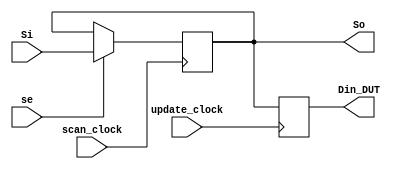
`timescale 1ns / 1ps
//////////////////////////////////////////////////////////////////////////////////
// Company: 
// Engineer: 
// 
// Design Name: 
// Module Name: scanchain
// Project Name: 
// Target Devices: 
// Tool Versions: 
// Description: 
// 
// Dependencies: 
// 
// Revision:
// Revision 0.01 - File Created
// Additional Comments:
// 
//////////////////////////////////////////////////////////////////////////////////

module SCAN_IN_CELL (Si, scan_clock, update_clock, se, So, Din_DUT);
  input Si, scan_clock, update_clock, se;
  output reg Din_DUT;
  output So;
  reg w1;

  always @(posedge scan_clock) begin
    if (se) begin
      w1 <= Si;
    end
    else begin
      w1 <= w1;
    end
  end

  // assign #2 So = w1;  // Assuming DEL02 is a 2-unit delay element
  assign So = w1;  // Assuming DEL02 is a 2-unit delay element

  always @(posedge update_clock) begin
    Din_DUT <= So;
  end
endmodule

// module SCAN_IN_CELL (Si , scan_clock, update_clock, se, So, Din_DUT ); 
//  input Si, scan_clock, update_clock, se ;
//  output So, Din_DUT ;
//  wire w1 ;

//  SDFQD4 SCELL1 (.SI(Si), .D(w1) , .Q(w1) , .se(se) , .CP(scan_clock)) ; 
//  DEL02 DELCELL1 (.I(w1), .Z(So)) ; 
//  DFQD4 SCELL2 (.D(So), .Q(Din_DUT), .CP(update_clock)) ;
// endmodule 

module SCAN_OUT_CELL (Dout_DUT, Si, scan_clock, se, So);
  input Si, scan_clock, Dout_DUT, se;
  output So;
  reg w1;

  always @(posedge scan_clock) begin
    if (se) begin
      w1 <= Si;
    end
    else begin
      w1 <= Dout_DUT;
    end
  end

  // assign #2 So = w1;  // Assuming DEL02 is a 2-unit delay element
  assign So = w1;  // Assuming DEL02 is a 2-unit delay element

endmodule

// module SCAN_OUT_CELL (Dout_DUT , Si, scan_clock, se, So ); 
//  input Si, scan_clock, Dout_DUT, se ;
//  output So ;
//  wire w1 ;

//  SDFQD4 SCELL1 (.SI(Si), .D(Dout_DUT) , .Q(w1) , .se(se) , .CP(scan_clock)) ; 
//  DEL02 DELCELL1 (.I(w1), .Z(So)) ; 
// endmodule 

module scan ( scan_in, scan_out, scan_clk, update_clk, se, VRStage_SC, Din, Kin, Dout );
  input scan_in, scan_clk, update_clk, se ;
  output scan_out;
  output [7:0] VRStage_SC ;
  output [127:0] Din ;
  output [127:0] Kin ;
  input [127:0] Dout ;

  SCAN_IN_CELL scan_ins_1 (.Si(scan_in), .scan_clock(scan_clk), .update_clock(update_clk), .se(se), .So(scan_1), .Din_DUT(VRStage_SC[7]));
  SCAN_IN_CELL scan_ins_2 (.Si(scan_84), .scan_clock(scan_clk), .update_clock(update_clk), .se(se), .So(scan_2), .Din_DUT(VRStage_SC[6]));
  SCAN_IN_CELL scan_ins_3 (.Si(scan_1), .scan_clock(scan_clk), .update_clock(update_clk), .se(se), .So(scan_3), .Din_DUT(VRStage_SC[5]));
  SCAN_IN_CELL scan_ins_4 (.Si(scan_2), .scan_clock(scan_clk), .update_clock(update_clk), .se(se), .So(scan_4), .Din_DUT(VRStage_SC[4]));
  SCAN_IN_CELL scan_ins_5 (.Si(scan_120), .scan_clock(scan_clk), .update_clock(update_clk), .se(se), .So(scan_5), .Din_DUT(VRStage_SC[3]));
  SCAN_IN_CELL scan_ins_6 (.Si(scan_214), .scan_clock(scan_clk), .update_clock(update_clk), .se(se), .So(scan_6), .Din_DUT(VRStage_SC[2]));
  SCAN_IN_CELL scan_ins_7 (.Si(scan_6), .scan_clock(scan_clk), .update_clock(update_clk), .se(se), .So(scan_7), .Din_DUT(VRStage_SC[1]));
  SCAN_IN_CELL scan_ins_8 (.Si(scan_83), .scan_clock(scan_clk), .update_clock(update_clk), .se(se), .So(scan_8), .Din_DUT(VRStage_SC[0]));
  SCAN_IN_CELL scan_ins_9 (.Si(scan_248), .scan_clock(scan_clk), .update_clock(update_clk), .se(se), .So(scan_9), .Din_DUT(Din[127]));
  SCAN_IN_CELL scan_ins_10 (.Si(scan_114), .scan_clock(scan_clk), .update_clock(update_clk), .se(se), .So(scan_10), .Din_DUT(Din[126]));
  SCAN_IN_CELL scan_ins_11 (.Si(scan_210), .scan_clock(scan_clk), .update_clock(update_clk), .se(se), .So(scan_11), .Din_DUT(Din[125]));
  SCAN_IN_CELL scan_ins_12 (.Si(scan_140), .scan_clock(scan_clk), .update_clock(update_clk), .se(se), .So(scan_12), .Din_DUT(Din[124]));
  SCAN_IN_CELL scan_ins_13 (.Si(scan_9), .scan_clock(scan_clk), .update_clock(update_clk), .se(se), .So(scan_13), .Din_DUT(Din[123]));
  SCAN_IN_CELL scan_ins_14 (.Si(scan_116), .scan_clock(scan_clk), .update_clock(update_clk), .se(se), .So(scan_14), .Din_DUT(Din[122]));
  SCAN_IN_CELL scan_ins_15 (.Si(scan_42), .scan_clock(scan_clk), .update_clock(update_clk), .se(se), .So(scan_15), .Din_DUT(Din[121]));
  SCAN_IN_CELL scan_ins_16 (.Si(scan_170), .scan_clock(scan_clk), .update_clock(update_clk), .se(se), .So(scan_16), .Din_DUT(Din[120]));
  SCAN_IN_CELL scan_ins_17 (.Si(scan_239), .scan_clock(scan_clk), .update_clock(update_clk), .se(se), .So(scan_17), .Din_DUT(Din[119]));
  SCAN_IN_CELL scan_ins_18 (.Si(scan_205), .scan_clock(scan_clk), .update_clock(update_clk), .se(se), .So(scan_18), .Din_DUT(Din[118]));
  SCAN_IN_CELL scan_ins_19 (.Si(scan_21), .scan_clock(scan_clk), .update_clock(update_clk), .se(se), .So(scan_19), .Din_DUT(Din[117]));
  SCAN_IN_CELL scan_ins_20 (.Si(scan_24), .scan_clock(scan_clk), .update_clock(update_clk), .se(se), .So(scan_20), .Din_DUT(Din[116]));
  SCAN_IN_CELL scan_ins_21 (.Si(scan_56), .scan_clock(scan_clk), .update_clock(update_clk), .se(se), .So(scan_21), .Din_DUT(Din[115]));
  SCAN_IN_CELL scan_ins_22 (.Si(scan_73), .scan_clock(scan_clk), .update_clock(update_clk), .se(se), .So(scan_22), .Din_DUT(Din[114]));
  SCAN_IN_CELL scan_ins_23 (.Si(scan_152), .scan_clock(scan_clk), .update_clock(update_clk), .se(se), .So(scan_23), .Din_DUT(Din[113]));
  SCAN_IN_CELL scan_ins_24 (.Si(scan_148), .scan_clock(scan_clk), .update_clock(update_clk), .se(se), .So(scan_24), .Din_DUT(Din[112]));
  SCAN_IN_CELL scan_ins_25 (.Si(scan_130), .scan_clock(scan_clk), .update_clock(update_clk), .se(se), .So(scan_25), .Din_DUT(Din[111]));
  SCAN_IN_CELL scan_ins_26 (.Si(scan_190), .scan_clock(scan_clk), .update_clock(update_clk), .se(se), .So(scan_26), .Din_DUT(Din[110]));
  SCAN_IN_CELL scan_ins_27 (.Si(scan_155), .scan_clock(scan_clk), .update_clock(update_clk), .se(se), .So(scan_27), .Din_DUT(Din[109]));
  SCAN_IN_CELL scan_ins_28 (.Si(scan_92), .scan_clock(scan_clk), .update_clock(update_clk), .se(se), .So(scan_28), .Din_DUT(Din[108]));
  SCAN_IN_CELL scan_ins_29 (.Si(scan_27), .scan_clock(scan_clk), .update_clock(update_clk), .se(se), .So(scan_29), .Din_DUT(Din[107]));
  SCAN_IN_CELL scan_ins_30 (.Si(scan_188), .scan_clock(scan_clk), .update_clock(update_clk), .se(se), .So(scan_30), .Din_DUT(Din[106]));
  SCAN_IN_CELL scan_ins_31 (.Si(scan_32), .scan_clock(scan_clk), .update_clock(update_clk), .se(se), .So(scan_31), .Din_DUT(Din[105]));
  SCAN_IN_CELL scan_ins_32 (.Si(scan_160), .scan_clock(scan_clk), .update_clock(update_clk), .se(se), .So(scan_32), .Din_DUT(Din[104]));
  SCAN_IN_CELL scan_ins_33 (.Si(scan_162), .scan_clock(scan_clk), .update_clock(update_clk), .se(se), .So(scan_33), .Din_DUT(Din[103]));
  SCAN_IN_CELL scan_ins_34 (.Si(scan_112), .scan_clock(scan_clk), .update_clock(update_clk), .se(se), .So(scan_34), .Din_DUT(Din[102]));
  SCAN_IN_CELL scan_ins_35 (.Si(scan_250), .scan_clock(scan_clk), .update_clock(update_clk), .se(se), .So(scan_35), .Din_DUT(Din[101]));
  SCAN_IN_CELL scan_ins_36 (.Si(scan_237), .scan_clock(scan_clk), .update_clock(update_clk), .se(se), .So(scan_36), .Din_DUT(Din[100]));
  SCAN_IN_CELL scan_ins_37 (.Si(scan_94), .scan_clock(scan_clk), .update_clock(update_clk), .se(se), .So(scan_37), .Din_DUT(Din[99]));
  SCAN_IN_CELL scan_ins_38 (.Si(scan_166), .scan_clock(scan_clk), .update_clock(update_clk), .se(se), .So(scan_38), .Din_DUT(Din[98]));
  SCAN_IN_CELL scan_ins_39 (.Si(scan_108), .scan_clock(scan_clk), .update_clock(update_clk), .se(se), .So(scan_39), .Din_DUT(Din[97]));
  SCAN_IN_CELL scan_ins_40 (.Si(scan_111), .scan_clock(scan_clk), .update_clock(update_clk), .se(se), .So(scan_40), .Din_DUT(Din[96]));
  SCAN_IN_CELL scan_ins_41 (.Si(scan_16), .scan_clock(scan_clk), .update_clock(update_clk), .se(se), .So(scan_41), .Din_DUT(Din[95]));
  SCAN_IN_CELL scan_ins_42 (.Si(scan_14), .scan_clock(scan_clk), .update_clock(update_clk), .se(se), .So(scan_42), .Din_DUT(Din[94]));
  SCAN_IN_CELL scan_ins_43 (.Si(scan_48), .scan_clock(scan_clk), .update_clock(update_clk), .se(se), .So(scan_43), .Din_DUT(Din[93]));
  SCAN_IN_CELL scan_ins_44 (.Si(scan_141), .scan_clock(scan_clk), .update_clock(update_clk), .se(se), .So(scan_44), .Din_DUT(Din[92]));
  SCAN_IN_CELL scan_ins_45 (.Si(scan_169), .scan_clock(scan_clk), .update_clock(update_clk), .se(se), .So(scan_45), .Din_DUT(Din[91]));
  SCAN_IN_CELL scan_ins_46 (.Si(scan_41), .scan_clock(scan_clk), .update_clock(update_clk), .se(se), .So(scan_46), .Din_DUT(Din[90]));
  SCAN_IN_CELL scan_ins_47 (.Si(scan_10), .scan_clock(scan_clk), .update_clock(update_clk), .se(se), .So(scan_47), .Din_DUT(Din[89]));
  SCAN_IN_CELL scan_ins_48 (.Si(scan_174), .scan_clock(scan_clk), .update_clock(update_clk), .se(se), .So(scan_48), .Din_DUT(Din[88]));
  SCAN_IN_CELL scan_ins_49 (.Si(scan_51), .scan_clock(scan_clk), .update_clock(update_clk), .se(se), .So(scan_49), .Din_DUT(Din[87]));
  SCAN_IN_CELL scan_ins_50 (.Si(scan_77), .scan_clock(scan_clk), .update_clock(update_clk), .se(se), .So(scan_50), .Din_DUT(Din[86]));
  SCAN_IN_CELL scan_ins_51 (.Si(scan_177), .scan_clock(scan_clk), .update_clock(update_clk), .se(se), .So(scan_51), .Din_DUT(Din[85]));
  SCAN_IN_CELL scan_ins_52 (.Si(scan_3), .scan_clock(scan_clk), .update_clock(update_clk), .se(se), .So(scan_52), .Din_DUT(Din[84]));
  SCAN_IN_CELL scan_ins_53 (.Si(scan_180), .scan_clock(scan_clk), .update_clock(update_clk), .se(se), .So(scan_53), .Din_DUT(Din[83]));
  SCAN_IN_CELL scan_ins_54 (.Si(scan_147), .scan_clock(scan_clk), .update_clock(update_clk), .se(se), .So(scan_54), .Din_DUT(Din[82]));
  SCAN_IN_CELL scan_ins_55 (.Si(scan_171), .scan_clock(scan_clk), .update_clock(update_clk), .se(se), .So(scan_55), .Din_DUT(Din[81]));
  SCAN_IN_CELL scan_ins_56 (.Si(scan_179), .scan_clock(scan_clk), .update_clock(update_clk), .se(se), .So(scan_56), .Din_DUT(Din[80]));
  SCAN_IN_CELL scan_ins_57 (.Si(scan_185), .scan_clock(scan_clk), .update_clock(update_clk), .se(se), .So(scan_57), .Din_DUT(Din[79]));
  SCAN_IN_CELL scan_ins_58 (.Si(scan_158), .scan_clock(scan_clk), .update_clock(update_clk), .se(se), .So(scan_58), .Din_DUT(Din[78]));
  SCAN_IN_CELL scan_ins_59 (.Si(scan_189), .scan_clock(scan_clk), .update_clock(update_clk), .se(se), .So(scan_59), .Din_DUT(Din[77]));
  SCAN_IN_CELL scan_ins_60 (.Si(scan_263), .scan_clock(scan_clk), .update_clock(update_clk), .se(se), .So(scan_60), .Din_DUT(Din[76]));
  SCAN_IN_CELL scan_ins_61 (.Si(scan_63), .scan_clock(scan_clk), .update_clock(update_clk), .se(se), .So(scan_61), .Din_DUT(Din[75]));
  SCAN_IN_CELL scan_ins_62 (.Si(scan_192), .scan_clock(scan_clk), .update_clock(update_clk), .se(se), .So(scan_62), .Din_DUT(Din[74]));
  SCAN_IN_CELL scan_ins_63 (.Si(scan_135), .scan_clock(scan_clk), .update_clock(update_clk), .se(se), .So(scan_63), .Din_DUT(Din[73]));
  SCAN_IN_CELL scan_ins_64 (.Si(scan_121), .scan_clock(scan_clk), .update_clock(update_clk), .se(se), .So(scan_64), .Din_DUT(Din[72]));
  SCAN_IN_CELL scan_ins_65 (.Si(scan_66), .scan_clock(scan_clk), .update_clock(update_clk), .se(se), .So(scan_65), .Din_DUT(Din[71]));
  SCAN_IN_CELL scan_ins_66 (.Si(scan_33), .scan_clock(scan_clk), .update_clock(update_clk), .se(se), .So(scan_66), .Din_DUT(Din[70]));
  SCAN_IN_CELL scan_ins_67 (.Si(scan_161), .scan_clock(scan_clk), .update_clock(update_clk), .se(se), .So(scan_67), .Din_DUT(Din[69]));
  SCAN_IN_CELL scan_ins_68 (.Si(scan_70), .scan_clock(scan_clk), .update_clock(update_clk), .se(se), .So(scan_68), .Din_DUT(Din[68]));
  SCAN_IN_CELL scan_ins_69 (.Si(scan_193), .scan_clock(scan_clk), .update_clock(update_clk), .se(se), .So(scan_69), .Din_DUT(Din[67]));
  SCAN_IN_CELL scan_ins_70 (.Si(scan_71), .scan_clock(scan_clk), .update_clock(update_clk), .se(se), .So(scan_70), .Din_DUT(Din[66]));
  SCAN_IN_CELL scan_ins_71 (.Si(scan_65), .scan_clock(scan_clk), .update_clock(update_clk), .se(se), .So(scan_71), .Din_DUT(Din[65]));
  SCAN_IN_CELL scan_ins_72 (.Si(scan_68), .scan_clock(scan_clk), .update_clock(update_clk), .se(se), .So(scan_72), .Din_DUT(Din[64]));
  SCAN_IN_CELL scan_ins_73 (.Si(scan_201), .scan_clock(scan_clk), .update_clock(update_clk), .se(se), .So(scan_73), .Din_DUT(Din[63]));
  SCAN_IN_CELL scan_ins_74 (.Si(scan_105), .scan_clock(scan_clk), .update_clock(update_clk), .se(se), .So(scan_74), .Din_DUT(Din[62]));
  SCAN_IN_CELL scan_ins_75 (.Si(scan_208), .scan_clock(scan_clk), .update_clock(update_clk), .se(se), .So(scan_75), .Din_DUT(Din[61]));
  SCAN_IN_CELL scan_ins_76 (.Si(scan_74), .scan_clock(scan_clk), .update_clock(update_clk), .se(se), .So(scan_76), .Din_DUT(Din[60]));
  SCAN_IN_CELL scan_ins_77 (.Si(scan_146), .scan_clock(scan_clk), .update_clock(update_clk), .se(se), .So(scan_77), .Din_DUT(Din[59]));
  SCAN_IN_CELL scan_ins_78 (.Si(scan_203), .scan_clock(scan_clk), .update_clock(update_clk), .se(se), .So(scan_78), .Din_DUT(Din[58]));
  SCAN_IN_CELL scan_ins_79 (.Si(scan_207), .scan_clock(scan_clk), .update_clock(update_clk), .se(se), .So(scan_79), .Din_DUT(Din[57]));
  SCAN_IN_CELL scan_ins_80 (.Si(scan_183), .scan_clock(scan_clk), .update_clock(update_clk), .se(se), .So(scan_80), .Din_DUT(Din[56]));
  SCAN_IN_CELL scan_ins_81 (.Si(scan_86), .scan_clock(scan_clk), .update_clock(update_clk), .se(se), .So(scan_81), .Din_DUT(Din[55]));
  SCAN_IN_CELL scan_ins_82 (.Si(scan_78), .scan_clock(scan_clk), .update_clock(update_clk), .se(se), .So(scan_82), .Din_DUT(Din[54]));
  SCAN_IN_CELL scan_ins_83 (.Si(scan_211), .scan_clock(scan_clk), .update_clock(update_clk), .se(se), .So(scan_83), .Din_DUT(Din[53]));
  SCAN_IN_CELL scan_ins_84 (.Si(scan_213), .scan_clock(scan_clk), .update_clock(update_clk), .se(se), .So(scan_84), .Din_DUT(Din[52]));
  SCAN_IN_CELL scan_ins_85 (.Si(scan_245), .scan_clock(scan_clk), .update_clock(update_clk), .se(se), .So(scan_85), .Din_DUT(Din[51]));
  SCAN_IN_CELL scan_ins_86 (.Si(scan_181), .scan_clock(scan_clk), .update_clock(update_clk), .se(se), .So(scan_86), .Din_DUT(Din[50]));
  SCAN_IN_CELL scan_ins_87 (.Si(scan_8), .scan_clock(scan_clk), .update_clock(update_clk), .se(se), .So(scan_87), .Din_DUT(Din[49]));
  SCAN_IN_CELL scan_ins_88 (.Si(scan_209), .scan_clock(scan_clk), .update_clock(update_clk), .se(se), .So(scan_88), .Din_DUT(Din[48]));
  SCAN_IN_CELL scan_ins_89 (.Si(scan_93), .scan_clock(scan_clk), .update_clock(update_clk), .se(se), .So(scan_89), .Din_DUT(Din[47]));
  SCAN_IN_CELL scan_ins_90 (.Si(scan_36), .scan_clock(scan_clk), .update_clock(update_clk), .se(se), .So(scan_90), .Din_DUT(Din[46]));
  SCAN_IN_CELL scan_ins_91 (.Si(scan_34), .scan_clock(scan_clk), .update_clock(update_clk), .se(se), .So(scan_91), .Din_DUT(Din[45]));
  SCAN_IN_CELL scan_ins_92 (.Si(scan_157), .scan_clock(scan_clk), .update_clock(update_clk), .se(se), .So(scan_92), .Din_DUT(Din[44]));
  SCAN_IN_CELL scan_ins_93 (.Si(scan_187), .scan_clock(scan_clk), .update_clock(update_clk), .se(se), .So(scan_93), .Din_DUT(Din[43]));
  SCAN_IN_CELL scan_ins_94 (.Si(scan_164), .scan_clock(scan_clk), .update_clock(update_clk), .se(se), .So(scan_94), .Din_DUT(Din[42]));
  SCAN_IN_CELL scan_ins_95 (.Si(scan_256), .scan_clock(scan_clk), .update_clock(update_clk), .se(se), .So(scan_95), .Din_DUT(Din[41]));
  SCAN_IN_CELL scan_ins_96 (.Si(scan_89), .scan_clock(scan_clk), .update_clock(update_clk), .se(se), .So(scan_96), .Din_DUT(Din[40]));
  SCAN_IN_CELL scan_ins_97 (.Si(scan_259), .scan_clock(scan_clk), .update_clock(update_clk), .se(se), .So(scan_97), .Din_DUT(Din[39]));
  SCAN_IN_CELL scan_ins_98 (.Si(scan_226), .scan_clock(scan_clk), .update_clock(update_clk), .se(se), .So(scan_98), .Din_DUT(Din[38]));
  SCAN_IN_CELL scan_ins_99 (.Si(scan_198), .scan_clock(scan_clk), .update_clock(update_clk), .se(se), .So(scan_99), .Din_DUT(Din[37]));
  SCAN_IN_CELL scan_ins_100 (.Si(scan_103), .scan_clock(scan_clk), .update_clock(update_clk), .se(se), .So(scan_100), .Din_DUT(Din[36]));
  SCAN_IN_CELL scan_ins_101 (.Si(scan_98), .scan_clock(scan_clk), .update_clock(update_clk), .se(se), .So(scan_101), .Din_DUT(Din[35]));
  SCAN_IN_CELL scan_ins_102 (.Si(scan_230), .scan_clock(scan_clk), .update_clock(update_clk), .se(se), .So(scan_102), .Din_DUT(Din[34]));
  SCAN_IN_CELL scan_ins_103 (.Si(scan_228), .scan_clock(scan_clk), .update_clock(update_clk), .se(se), .So(scan_103), .Din_DUT(Din[33]));
  SCAN_IN_CELL scan_ins_104 (.Si(scan_99), .scan_clock(scan_clk), .update_clock(update_clk), .se(se), .So(scan_104), .Din_DUT(Din[32]));
  SCAN_IN_CELL scan_ins_105 (.Si(scan_109), .scan_clock(scan_clk), .update_clock(update_clk), .se(se), .So(scan_105), .Din_DUT(Din[31]));
  SCAN_IN_CELL scan_ins_106 (.Si(scan_234), .scan_clock(scan_clk), .update_clock(update_clk), .se(se), .So(scan_106), .Din_DUT(Din[30]));
  SCAN_IN_CELL scan_ins_107 (.Si(scan_233), .scan_clock(scan_clk), .update_clock(update_clk), .se(se), .So(scan_107), .Din_DUT(Din[29]));
  SCAN_IN_CELL scan_ins_108 (.Si(scan_235), .scan_clock(scan_clk), .update_clock(update_clk), .se(se), .So(scan_108), .Din_DUT(Din[28]));
  SCAN_IN_CELL scan_ins_109 (.Si(scan_240), .scan_clock(scan_clk), .update_clock(update_clk), .se(se), .So(scan_109), .Din_DUT(Din[27]));
  SCAN_IN_CELL scan_ins_110 (.Si(scan_255), .scan_clock(scan_clk), .update_clock(update_clk), .se(se), .So(scan_110), .Din_DUT(Din[26]));
  SCAN_IN_CELL scan_ins_111 (.Si(scan_163), .scan_clock(scan_clk), .update_clock(update_clk), .se(se), .So(scan_111), .Din_DUT(Din[25]));
  SCAN_IN_CELL scan_ins_112 (.Si(scan_218), .scan_clock(scan_clk), .update_clock(update_clk), .se(se), .So(scan_112), .Din_DUT(Din[24]));
  SCAN_IN_CELL scan_ins_113 (.Si(scan_118), .scan_clock(scan_clk), .update_clock(update_clk), .se(se), .So(scan_113), .Din_DUT(Din[23]));
  SCAN_IN_CELL scan_ins_114 (.Si(scan_117), .scan_clock(scan_clk), .update_clock(update_clk), .se(se), .So(scan_114), .Din_DUT(Din[22]));
  SCAN_IN_CELL scan_ins_115 (.Si(scan_82), .scan_clock(scan_clk), .update_clock(update_clk), .se(se), .So(scan_115), .Din_DUT(Din[21]));
  SCAN_IN_CELL scan_ins_116 (.Si(scan_113), .scan_clock(scan_clk), .update_clock(update_clk), .se(se), .So(scan_116), .Din_DUT(Din[20]));
  SCAN_IN_CELL scan_ins_117 (.Si(scan_15), .scan_clock(scan_clk), .update_clock(update_clk), .se(se), .So(scan_117), .Din_DUT(Din[19]));
  SCAN_IN_CELL scan_ins_118 (.Si(scan_212), .scan_clock(scan_clk), .update_clock(update_clk), .se(se), .So(scan_118), .Din_DUT(Din[18]));
  SCAN_IN_CELL scan_ins_119 (.Si(scan_242), .scan_clock(scan_clk), .update_clock(update_clk), .se(se), .So(scan_119), .Din_DUT(Din[17]));
  SCAN_IN_CELL scan_ins_120 (.Si(scan_4), .scan_clock(scan_clk), .update_clock(update_clk), .se(se), .So(scan_120), .Din_DUT(Din[16]));
  SCAN_IN_CELL scan_ins_121 (.Si(scan_124), .scan_clock(scan_clk), .update_clock(update_clk), .se(se), .So(scan_121), .Din_DUT(Din[15]));
  SCAN_IN_CELL scan_ins_122 (.Si(scan_217), .scan_clock(scan_clk), .update_clock(update_clk), .se(se), .So(scan_122), .Din_DUT(Din[14]));
  SCAN_IN_CELL scan_ins_123 (.Si(scan_222), .scan_clock(scan_clk), .update_clock(update_clk), .se(se), .So(scan_123), .Din_DUT(Din[13]));
  SCAN_IN_CELL scan_ins_124 (.Si(scan_59), .scan_clock(scan_clk), .update_clock(update_clk), .se(se), .So(scan_124), .Din_DUT(Din[12]));
  SCAN_IN_CELL scan_ins_125 (.Si(scan_224), .scan_clock(scan_clk), .update_clock(update_clk), .se(se), .So(scan_125), .Din_DUT(Din[11]));
  SCAN_IN_CELL scan_ins_126 (.Si(scan_165), .scan_clock(scan_clk), .update_clock(update_clk), .se(se), .So(scan_126), .Din_DUT(Din[10]));
  SCAN_IN_CELL scan_ins_127 (.Si(scan_251), .scan_clock(scan_clk), .update_clock(update_clk), .se(se), .So(scan_127), .Din_DUT(Din[9]));
  SCAN_IN_CELL scan_ins_128 (.Si(scan_253), .scan_clock(scan_clk), .update_clock(update_clk), .se(se), .So(scan_128), .Din_DUT(Din[8]));
  SCAN_IN_CELL scan_ins_129 (.Si(scan_260), .scan_clock(scan_clk), .update_clock(update_clk), .se(se), .So(scan_129), .Din_DUT(Din[7]));
  SCAN_IN_CELL scan_ins_130 (.Si(scan_191), .scan_clock(scan_clk), .update_clock(update_clk), .se(se), .So(scan_130), .Din_DUT(Din[6]));
  SCAN_IN_CELL scan_ins_131 (.Si(scan_125), .scan_clock(scan_clk), .update_clock(update_clk), .se(se), .So(scan_131), .Din_DUT(Din[5]));
  SCAN_IN_CELL scan_ins_132 (.Si(scan_156), .scan_clock(scan_clk), .update_clock(update_clk), .se(se), .So(scan_132), .Din_DUT(Din[4]));
  SCAN_IN_CELL scan_ins_133 (.Si(scan_257), .scan_clock(scan_clk), .update_clock(update_clk), .se(se), .So(scan_133), .Din_DUT(Din[3]));
  SCAN_IN_CELL scan_ins_134 (.Si(scan_261), .scan_clock(scan_clk), .update_clock(update_clk), .se(se), .So(scan_134), .Din_DUT(Din[2]));
  SCAN_IN_CELL scan_ins_135 (.Si(scan_132), .scan_clock(scan_clk), .update_clock(update_clk), .se(se), .So(scan_135), .Din_DUT(Din[1]));
  SCAN_IN_CELL scan_ins_136 (.Si(scan_126), .scan_clock(scan_clk), .update_clock(update_clk), .se(se), .So(scan_136), .Din_DUT(Din[0]));
  SCAN_IN_CELL scan_ins_137 (.Si(scan_13), .scan_clock(scan_clk), .update_clock(update_clk), .se(se), .So(scan_137), .Din_DUT(Kin[127]));
  SCAN_IN_CELL scan_ins_138 (.Si(scan_143), .scan_clock(scan_clk), .update_clock(update_clk), .se(se), .So(scan_138), .Din_DUT(Kin[126]));
  SCAN_IN_CELL scan_ins_139 (.Si(scan_115), .scan_clock(scan_clk), .update_clock(update_clk), .se(se), .So(scan_139), .Din_DUT(Kin[125]));
  SCAN_IN_CELL scan_ins_140 (.Si(scan_247), .scan_clock(scan_clk), .update_clock(update_clk), .se(se), .So(scan_140), .Din_DUT(Kin[124]));
  SCAN_IN_CELL scan_ins_141 (.Si(scan_175), .scan_clock(scan_clk), .update_clock(update_clk), .se(se), .So(scan_141), .Din_DUT(Kin[123]));
  SCAN_IN_CELL scan_ins_142 (.Si(scan_11), .scan_clock(scan_clk), .update_clock(update_clk), .se(se), .So(scan_142), .Din_DUT(Kin[122]));
  SCAN_IN_CELL scan_ins_143 (.Si(scan_137), .scan_clock(scan_clk), .update_clock(update_clk), .se(se), .So(scan_143), .Din_DUT(Kin[121]));
  SCAN_IN_CELL scan_ins_144 (.Si(scan_142), .scan_clock(scan_clk), .update_clock(update_clk), .se(se), .So(scan_144), .Din_DUT(Kin[120]));
  SCAN_IN_CELL scan_ins_145 (.Si(scan_107), .scan_clock(scan_clk), .update_clock(update_clk), .se(se), .So(scan_145), .Din_DUT(Kin[119]));
  SCAN_IN_CELL scan_ins_146 (.Si(scan_106), .scan_clock(scan_clk), .update_clock(update_clk), .se(se), .So(scan_146), .Din_DUT(Kin[118]));
  SCAN_IN_CELL scan_ins_147 (.Si(scan_17), .scan_clock(scan_clk), .update_clock(update_clk), .se(se), .So(scan_147), .Din_DUT(Kin[117]));
  SCAN_IN_CELL scan_ins_148 (.Si(scan_149), .scan_clock(scan_clk), .update_clock(update_clk), .se(se), .So(scan_148), .Din_DUT(Kin[116]));
  SCAN_IN_CELL scan_ins_149 (.Si(scan_167), .scan_clock(scan_clk), .update_clock(update_clk), .se(se), .So(scan_149), .Din_DUT(Kin[115]));
  SCAN_IN_CELL scan_ins_150 (.Si(scan_50), .scan_clock(scan_clk), .update_clock(update_clk), .se(se), .So(scan_150), .Din_DUT(Kin[114]));
  SCAN_IN_CELL scan_ins_151 (.Si(scan_75), .scan_clock(scan_clk), .update_clock(update_clk), .se(se), .So(scan_151), .Din_DUT(Kin[113]));
  SCAN_IN_CELL scan_ins_152 (.Si(scan_19), .scan_clock(scan_clk), .update_clock(update_clk), .se(se), .So(scan_152), .Din_DUT(Kin[112]));
  SCAN_IN_CELL scan_ins_153 (.Si(scan_58), .scan_clock(scan_clk), .update_clock(update_clk), .se(se), .So(scan_153), .Din_DUT(Kin[111]));
  SCAN_IN_CELL scan_ins_154 (.Si(scan_186), .scan_clock(scan_clk), .update_clock(update_clk), .se(se), .So(scan_154), .Din_DUT(Kin[110]));
  SCAN_IN_CELL scan_ins_155 (.Si(scan_64), .scan_clock(scan_clk), .update_clock(update_clk), .se(se), .So(scan_155), .Din_DUT(Kin[109]));
  SCAN_IN_CELL scan_ins_156 (.Si(scan_25), .scan_clock(scan_clk), .update_clock(update_clk), .se(se), .So(scan_156), .Din_DUT(Kin[108]));
  SCAN_IN_CELL scan_ins_157 (.Si(scan_29), .scan_clock(scan_clk), .update_clock(update_clk), .se(se), .So(scan_157), .Din_DUT(Kin[107]));
  SCAN_IN_CELL scan_ins_158 (.Si(scan_154), .scan_clock(scan_clk), .update_clock(update_clk), .se(se), .So(scan_158), .Din_DUT(Kin[106]));
  SCAN_IN_CELL scan_ins_159 (.Si(scan_28), .scan_clock(scan_clk), .update_clock(update_clk), .se(se), .So(scan_159), .Din_DUT(Kin[105]));
  SCAN_IN_CELL scan_ins_160 (.Si(scan_26), .scan_clock(scan_clk), .update_clock(update_clk), .se(se), .So(scan_160), .Din_DUT(Kin[104]));
  SCAN_IN_CELL scan_ins_161 (.Si(scan_195), .scan_clock(scan_clk), .update_clock(update_clk), .se(se), .So(scan_161), .Din_DUT(Kin[103]));
  SCAN_IN_CELL scan_ins_162 (.Si(scan_182), .scan_clock(scan_clk), .update_clock(update_clk), .se(se), .So(scan_162), .Din_DUT(Kin[102]));
  SCAN_IN_CELL scan_ins_163 (.Si(scan_236), .scan_clock(scan_clk), .update_clock(update_clk), .se(se), .So(scan_163), .Din_DUT(Kin[101]));
  SCAN_IN_CELL scan_ins_164 (.Si(scan_35), .scan_clock(scan_clk), .update_clock(update_clk), .se(se), .So(scan_164), .Din_DUT(Kin[100]));
  SCAN_IN_CELL scan_ins_165 (.Si(scan_37), .scan_clock(scan_clk), .update_clock(update_clk), .se(se), .So(scan_165), .Din_DUT(Kin[99]));
  SCAN_IN_CELL scan_ins_166 (.Si(scan_168), .scan_clock(scan_clk), .update_clock(update_clk), .se(se), .So(scan_166), .Din_DUT(Kin[98]));
  SCAN_IN_CELL scan_ins_167 (.Si(scan_67), .scan_clock(scan_clk), .update_clock(update_clk), .se(se), .So(scan_167), .Din_DUT(Kin[97]));
  SCAN_IN_CELL scan_ins_168 (.Si(scan_72), .scan_clock(scan_clk), .update_clock(update_clk), .se(se), .So(scan_168), .Din_DUT(Kin[96]));
  SCAN_IN_CELL scan_ins_169 (.Si(scan_144), .scan_clock(scan_clk), .update_clock(update_clk), .se(se), .So(scan_169), .Din_DUT(Kin[95]));
  SCAN_IN_CELL scan_ins_170 (.Si(scan_45), .scan_clock(scan_clk), .update_clock(update_clk), .se(se), .So(scan_170), .Din_DUT(Kin[94]));
  SCAN_IN_CELL scan_ins_171 (.Si(scan_18), .scan_clock(scan_clk), .update_clock(update_clk), .se(se), .So(scan_171), .Din_DUT(Kin[93]));
  SCAN_IN_CELL scan_ins_172 (.Si(scan_47), .scan_clock(scan_clk), .update_clock(update_clk), .se(se), .So(scan_172), .Din_DUT(Kin[92]));
  SCAN_IN_CELL scan_ins_173 (.Si(scan_139), .scan_clock(scan_clk), .update_clock(update_clk), .se(se), .So(scan_173), .Din_DUT(Kin[91]));
  SCAN_IN_CELL scan_ins_174 (.Si(scan_46), .scan_clock(scan_clk), .update_clock(update_clk), .se(se), .So(scan_174), .Din_DUT(Kin[90]));
  SCAN_IN_CELL scan_ins_175 (.Si(scan_173), .scan_clock(scan_clk), .update_clock(update_clk), .se(se), .So(scan_175), .Din_DUT(Kin[89]));
  SCAN_IN_CELL scan_ins_176 (.Si(scan_55), .scan_clock(scan_clk), .update_clock(update_clk), .se(se), .So(scan_176), .Din_DUT(Kin[88]));
  SCAN_IN_CELL scan_ins_177 (.Si(scan_20), .scan_clock(scan_clk), .update_clock(update_clk), .se(se), .So(scan_177), .Din_DUT(Kin[87]));
  SCAN_IN_CELL scan_ins_178 (.Si(scan_22), .scan_clock(scan_clk), .update_clock(update_clk), .se(se), .So(scan_178), .Din_DUT(Kin[86]));
  SCAN_IN_CELL scan_ins_179 (.Si(scan_184), .scan_clock(scan_clk), .update_clock(update_clk), .se(se), .So(scan_179), .Din_DUT(Kin[85]));
  SCAN_IN_CELL scan_ins_180 (.Si(scan_52), .scan_clock(scan_clk), .update_clock(update_clk), .se(se), .So(scan_180), .Din_DUT(Kin[84]));
  SCAN_IN_CELL scan_ins_181 (.Si(scan_7), .scan_clock(scan_clk), .update_clock(update_clk), .se(se), .So(scan_181), .Din_DUT(Kin[83]));
  SCAN_IN_CELL scan_ins_182 (.Si(scan_54), .scan_clock(scan_clk), .update_clock(update_clk), .se(se), .So(scan_182), .Din_DUT(Kin[82]));
  SCAN_IN_CELL scan_ins_183 (.Si(scan_215), .scan_clock(scan_clk), .update_clock(update_clk), .se(se), .So(scan_183), .Din_DUT(Kin[81]));
  SCAN_IN_CELL scan_ins_184 (.Si(scan_53), .scan_clock(scan_clk), .update_clock(update_clk), .se(se), .So(scan_184), .Din_DUT(Kin[80]));
  SCAN_IN_CELL scan_ins_185 (.Si(scan_60), .scan_clock(scan_clk), .update_clock(update_clk), .se(se), .So(scan_185), .Din_DUT(Kin[79]));
  SCAN_IN_CELL scan_ins_186 (.Si(scan_57), .scan_clock(scan_clk), .update_clock(update_clk), .se(se), .So(scan_186), .Din_DUT(Kin[78]));
  SCAN_IN_CELL scan_ins_187 (.Si(scan_159), .scan_clock(scan_clk), .update_clock(update_clk), .se(se), .So(scan_187), .Din_DUT(Kin[77]));
  SCAN_IN_CELL scan_ins_188 (.Si(scan_153), .scan_clock(scan_clk), .update_clock(update_clk), .se(se), .So(scan_188), .Din_DUT(Kin[76]));
  SCAN_IN_CELL scan_ins_189 (.Si(scan_31), .scan_clock(scan_clk), .update_clock(update_clk), .se(se), .So(scan_189), .Din_DUT(Kin[75]));
  SCAN_IN_CELL scan_ins_190 (.Si(scan_62), .scan_clock(scan_clk), .update_clock(update_clk), .se(se), .So(scan_190), .Din_DUT(Kin[74]));
  SCAN_IN_CELL scan_ins_191 (.Si(scan_30), .scan_clock(scan_clk), .update_clock(update_clk), .se(se), .So(scan_191), .Din_DUT(Kin[73]));
  SCAN_IN_CELL scan_ins_192 (.Si(scan_61), .scan_clock(scan_clk), .update_clock(update_clk), .se(se), .So(scan_192), .Din_DUT(Kin[72]));
  SCAN_IN_CELL scan_ins_193 (.Si(scan_232), .scan_clock(scan_clk), .update_clock(update_clk), .se(se), .So(scan_193), .Din_DUT(Kin[71]));
  SCAN_IN_CELL scan_ins_194 (.Si(scan_199), .scan_clock(scan_clk), .update_clock(update_clk), .se(se), .So(scan_194), .Din_DUT(Kin[70]));
  SCAN_IN_CELL scan_ins_195 (.Si(scan_38), .scan_clock(scan_clk), .update_clock(update_clk), .se(se), .So(scan_195), .Din_DUT(Kin[69]));
  SCAN_IN_CELL scan_ins_196 (.Si(scan_104), .scan_clock(scan_clk), .update_clock(update_clk), .se(se), .So(scan_196), .Din_DUT(Kin[68]));
  SCAN_IN_CELL scan_ins_197 (.Si(scan_131), .scan_clock(scan_clk), .update_clock(update_clk), .se(se), .So(scan_197), .Din_DUT(Kin[67]));
  SCAN_IN_CELL scan_ins_198 (.Si(scan_197), .scan_clock(scan_clk), .update_clock(update_clk), .se(se), .So(scan_198), .Din_DUT(Kin[66]));
  SCAN_IN_CELL scan_ins_199 (.Si(scan_200), .scan_clock(scan_clk), .update_clock(update_clk), .se(se), .So(scan_199), .Din_DUT(Kin[65]));
  SCAN_IN_CELL scan_ins_200 (.Si(scan_69), .scan_clock(scan_clk), .update_clock(update_clk), .se(se), .So(scan_200), .Din_DUT(Kin[64]));
  SCAN_IN_CELL scan_ins_201 (.Si(scan_76), .scan_clock(scan_clk), .update_clock(update_clk), .se(se), .So(scan_201), .Din_DUT(Kin[63]));
  SCAN_IN_CELL scan_ins_202 (.Si(scan_150), .scan_clock(scan_clk), .update_clock(update_clk), .se(se), .So(scan_202), .Din_DUT(Kin[62]));
  SCAN_IN_CELL scan_ins_203 (.Si(scan_43), .scan_clock(scan_clk), .update_clock(update_clk), .se(se), .So(scan_203), .Din_DUT(Kin[61]));
  SCAN_IN_CELL scan_ins_204 (.Si(scan_176), .scan_clock(scan_clk), .update_clock(update_clk), .se(se), .So(scan_204), .Din_DUT(Kin[60]));
  SCAN_IN_CELL scan_ins_205 (.Si(scan_151), .scan_clock(scan_clk), .update_clock(update_clk), .se(se), .So(scan_205), .Din_DUT(Kin[59]));
  SCAN_IN_CELL scan_ins_206 (.Si(scan_178), .scan_clock(scan_clk), .update_clock(update_clk), .se(se), .So(scan_206), .Din_DUT(Kin[58]));
  SCAN_IN_CELL scan_ins_207 (.Si(scan_202), .scan_clock(scan_clk), .update_clock(update_clk), .se(se), .So(scan_207), .Din_DUT(Kin[57]));
  SCAN_IN_CELL scan_ins_208 (.Si(scan_206), .scan_clock(scan_clk), .update_clock(update_clk), .se(se), .So(scan_208), .Din_DUT(Kin[56]));
  SCAN_IN_CELL scan_ins_209 (.Si(scan_216), .scan_clock(scan_clk), .update_clock(update_clk), .se(se), .So(scan_209), .Din_DUT(Kin[55]));
  SCAN_IN_CELL scan_ins_210 (.Si(scan_172), .scan_clock(scan_clk), .update_clock(update_clk), .se(se), .So(scan_210), .Din_DUT(Kin[54]));
  SCAN_IN_CELL scan_ins_211 (.Si(scan_49), .scan_clock(scan_clk), .update_clock(update_clk), .se(se), .So(scan_211), .Din_DUT(Kin[53]));
  SCAN_IN_CELL scan_ins_212 (.Si(scan_88), .scan_clock(scan_clk), .update_clock(update_clk), .se(se), .So(scan_212), .Din_DUT(Kin[52]));
  SCAN_IN_CELL scan_ins_213 (.Si(scan_244), .scan_clock(scan_clk), .update_clock(update_clk), .se(se), .So(scan_213), .Din_DUT(Kin[51]));
  SCAN_IN_CELL scan_ins_214 (.Si(scan_5), .scan_clock(scan_clk), .update_clock(update_clk), .se(se), .So(scan_214), .Din_DUT(Kin[50]));
  SCAN_IN_CELL scan_ins_215 (.Si(scan_44), .scan_clock(scan_clk), .update_clock(update_clk), .se(se), .So(scan_215), .Din_DUT(Kin[49]));
  SCAN_IN_CELL scan_ins_216 (.Si(scan_81), .scan_clock(scan_clk), .update_clock(update_clk), .se(se), .So(scan_216), .Din_DUT(Kin[48]));
  SCAN_IN_CELL scan_ins_217 (.Si(scan_96), .scan_clock(scan_clk), .update_clock(update_clk), .se(se), .So(scan_217), .Din_DUT(Kin[47]));
  SCAN_IN_CELL scan_ins_218 (.Si(scan_90), .scan_clock(scan_clk), .update_clock(update_clk), .se(se), .So(scan_218), .Din_DUT(Kin[46]));
  SCAN_IN_CELL scan_ins_219 (.Si(scan_122), .scan_clock(scan_clk), .update_clock(update_clk), .se(se), .So(scan_219), .Din_DUT(Kin[45]));
  SCAN_IN_CELL scan_ins_220 (.Si(scan_252), .scan_clock(scan_clk), .update_clock(update_clk), .se(se), .So(scan_220), .Din_DUT(Kin[44]));
  SCAN_IN_CELL scan_ins_221 (.Si(scan_220), .scan_clock(scan_clk), .update_clock(update_clk), .se(se), .So(scan_221), .Din_DUT(Kin[43]));
  SCAN_IN_CELL scan_ins_222 (.Si(scan_249), .scan_clock(scan_clk), .update_clock(update_clk), .se(se), .So(scan_222), .Din_DUT(Kin[42]));
  SCAN_IN_CELL scan_ins_223 (.Si(scan_91), .scan_clock(scan_clk), .update_clock(update_clk), .se(se), .So(scan_223), .Din_DUT(Kin[41]));
  SCAN_IN_CELL scan_ins_224 (.Si(scan_221), .scan_clock(scan_clk), .update_clock(update_clk), .se(se), .So(scan_224), .Din_DUT(Kin[40]));
  SCAN_IN_CELL scan_ins_225 (.Si(scan_231), .scan_clock(scan_clk), .update_clock(update_clk), .se(se), .So(scan_225), .Din_DUT(Kin[39]));
  SCAN_IN_CELL scan_ins_226 (.Si(scan_97), .scan_clock(scan_clk), .update_clock(update_clk), .se(se), .So(scan_226), .Din_DUT(Kin[38]));
  SCAN_IN_CELL scan_ins_227 (.Si(scan_264), .scan_clock(scan_clk), .update_clock(update_clk), .se(se), .So(scan_227), .Din_DUT(Kin[37]));
  SCAN_IN_CELL scan_ins_228 (.Si(scan_102), .scan_clock(scan_clk), .update_clock(update_clk), .se(se), .So(scan_228), .Din_DUT(Kin[36]));
  SCAN_IN_CELL scan_ins_229 (.Si(scan_101), .scan_clock(scan_clk), .update_clock(update_clk), .se(se), .So(scan_229), .Din_DUT(Kin[35]));
  SCAN_IN_CELL scan_ins_230 (.Si(scan_229), .scan_clock(scan_clk), .update_clock(update_clk), .se(se), .So(scan_230), .Din_DUT(Kin[34]));
  SCAN_IN_CELL scan_ins_231 (.Si(scan_262), .scan_clock(scan_clk), .update_clock(update_clk), .se(se), .So(scan_231), .Din_DUT(Kin[33]));
  SCAN_IN_CELL scan_ins_232 (.Si(scan_196), .scan_clock(scan_clk), .update_clock(update_clk), .se(se), .So(scan_232), .Din_DUT(Kin[32]));
  SCAN_IN_CELL scan_ins_233 (.Si(scan_238), .scan_clock(scan_clk), .update_clock(update_clk), .se(se), .So(scan_233), .Din_DUT(Kin[31]));
  SCAN_IN_CELL scan_ins_234 (.Si(scan_23), .scan_clock(scan_clk), .update_clock(update_clk), .se(se), .So(scan_234), .Din_DUT(Kin[30]));
  SCAN_IN_CELL scan_ins_235 (.Si(scan_204), .scan_clock(scan_clk), .update_clock(update_clk), .se(se), .So(scan_235), .Din_DUT(Kin[29]));
  SCAN_IN_CELL scan_ins_236 (.Si(scan_39), .scan_clock(scan_clk), .update_clock(update_clk), .se(se), .So(scan_236), .Din_DUT(Kin[28]));
  SCAN_IN_CELL scan_ins_237 (.Si(scan_40), .scan_clock(scan_clk), .update_clock(update_clk), .se(se), .So(scan_237), .Din_DUT(Kin[27]));
  SCAN_IN_CELL scan_ins_238 (.Si(scan_110), .scan_clock(scan_clk), .update_clock(update_clk), .se(se), .So(scan_238), .Din_DUT(Kin[26]));
  SCAN_IN_CELL scan_ins_239 (.Si(scan_145), .scan_clock(scan_clk), .update_clock(update_clk), .se(se), .So(scan_239), .Din_DUT(Kin[25]));
  SCAN_IN_CELL scan_ins_240 (.Si(scan_79), .scan_clock(scan_clk), .update_clock(update_clk), .se(se), .So(scan_240), .Din_DUT(Kin[24]));
  SCAN_IN_CELL scan_ins_241 (.Si(scan_85), .scan_clock(scan_clk), .update_clock(update_clk), .se(se), .So(scan_241), .Din_DUT(Kin[23]));
  SCAN_IN_CELL scan_ins_242 (.Si(scan_138), .scan_clock(scan_clk), .update_clock(update_clk), .se(se), .So(scan_242), .Din_DUT(Kin[22]));
  SCAN_IN_CELL scan_ins_243 (.Si(scan_80), .scan_clock(scan_clk), .update_clock(update_clk), .se(se), .So(scan_243), .Din_DUT(Kin[21]));
  SCAN_IN_CELL scan_ins_244 (.Si(scan_241), .scan_clock(scan_clk), .update_clock(update_clk), .se(se), .So(scan_244), .Din_DUT(Kin[20]));
  SCAN_IN_CELL scan_ins_245 (.Si(scan_87), .scan_clock(scan_clk), .update_clock(update_clk), .se(se), .So(scan_245), .Din_DUT(Kin[19]));
  SCAN_IN_CELL scan_ins_246 (.Si(scan_243), .scan_clock(scan_clk), .update_clock(update_clk), .se(se), .So(scan_246), .Din_DUT(Kin[18]));
  SCAN_IN_CELL scan_ins_247 (.Si(scan_119), .scan_clock(scan_clk), .update_clock(update_clk), .se(se), .So(scan_247), .Din_DUT(Kin[17]));
  SCAN_IN_CELL scan_ins_248 (.Si(scan_246), .scan_clock(scan_clk), .update_clock(update_clk), .se(se), .So(scan_248), .Din_DUT(Kin[16]));
  SCAN_IN_CELL scan_ins_249 (.Si(scan_136), .scan_clock(scan_clk), .update_clock(update_clk), .se(se), .So(scan_249), .Din_DUT(Kin[15]));
  SCAN_IN_CELL scan_ins_250 (.Si(scan_95), .scan_clock(scan_clk), .update_clock(update_clk), .se(se), .So(scan_250), .Din_DUT(Kin[14]));
  SCAN_IN_CELL scan_ins_251 (.Si(scan_254), .scan_clock(scan_clk), .update_clock(update_clk), .se(se), .So(scan_251), .Din_DUT(Kin[13]));
  SCAN_IN_CELL scan_ins_252 (.Si(scan_123), .scan_clock(scan_clk), .update_clock(update_clk), .se(se), .So(scan_252), .Din_DUT(Kin[12]));
  SCAN_IN_CELL scan_ins_253 (.Si(scan_223), .scan_clock(scan_clk), .update_clock(update_clk), .se(se), .So(scan_253), .Din_DUT(Kin[11]));
  SCAN_IN_CELL scan_ins_254 (.Si(scan_128), .scan_clock(scan_clk), .update_clock(update_clk), .se(se), .So(scan_254), .Din_DUT(Kin[10]));
  SCAN_IN_CELL scan_ins_255 (.Si(scan_219), .scan_clock(scan_clk), .update_clock(update_clk), .se(se), .So(scan_255), .Din_DUT(Kin[9]));
  SCAN_IN_CELL scan_ins_256 (.Si(scan_127), .scan_clock(scan_clk), .update_clock(update_clk), .se(se), .So(scan_256), .Din_DUT(Kin[8]));
  SCAN_IN_CELL scan_ins_257 (.Si(scan_129), .scan_clock(scan_clk), .update_clock(update_clk), .se(se), .So(scan_257), .Din_DUT(Kin[7]));
  SCAN_IN_CELL scan_ins_258 (.Si(scan_134), .scan_clock(scan_clk), .update_clock(update_clk), .se(se), .So(scan_258), .Din_DUT(Kin[6]));
  SCAN_IN_CELL scan_ins_259 (.Si(scan_225), .scan_clock(scan_clk), .update_clock(update_clk), .se(se), .So(scan_259), .Din_DUT(Kin[5]));
  SCAN_IN_CELL scan_ins_260 (.Si(scan_100), .scan_clock(scan_clk), .update_clock(update_clk), .se(se), .So(scan_260), .Din_DUT(Kin[4]));
  SCAN_IN_CELL scan_ins_261 (.Si(scan_133), .scan_clock(scan_clk), .update_clock(update_clk), .se(se), .So(scan_261), .Din_DUT(Kin[3]));
  SCAN_IN_CELL scan_ins_262 (.Si(scan_227), .scan_clock(scan_clk), .update_clock(update_clk), .se(se), .So(scan_262), .Din_DUT(Kin[2]));
  SCAN_IN_CELL scan_ins_263 (.Si(scan_258), .scan_clock(scan_clk), .update_clock(update_clk), .se(se), .So(scan_263), .Din_DUT(Kin[1]));
  SCAN_IN_CELL scan_ins_264 (.Si(scan_194), .scan_clock(scan_clk), .update_clock(update_clk), .se(se), .So(scan_264), .Din_DUT(Kin[0]));
  
  SCAN_OUT_CELL scan_ins_265 (.Dout_DUT(Dout[127]), .Si(scan_374), .scan_clock(scan_clk), .se(se), .So(scan_265));
  SCAN_OUT_CELL scan_ins_266 (.Dout_DUT(Dout[126]), .Si(scan_268), .scan_clock(scan_clk), .se(se), .So(scan_266));
  SCAN_OUT_CELL scan_ins_267 (.Dout_DUT(Dout[125]), .Si(scan_298), .scan_clock(scan_clk), .se(se), .So(scan_267));
  SCAN_OUT_CELL scan_ins_268 (.Dout_DUT(Dout[124]), .Si(scan_339), .scan_clock(scan_clk), .se(se), .So(scan_268));
  SCAN_OUT_CELL scan_ins_269 (.Dout_DUT(Dout[123]), .Si(scan_341), .scan_clock(scan_clk), .se(se), .So(scan_269));
  SCAN_OUT_CELL scan_ins_270 (.Dout_DUT(Dout[122]), .Si(scan_269), .scan_clock(scan_clk), .se(se), .So(scan_270));
  SCAN_OUT_CELL scan_ins_271 (.Dout_DUT(Dout[121]), .Si(scan_266), .scan_clock(scan_clk), .se(se), .So(scan_271));
  SCAN_OUT_CELL scan_ins_272 (.Dout_DUT(Dout[120]), .Si(scan_267), .scan_clock(scan_clk), .se(se), .So(scan_272));
  SCAN_OUT_CELL scan_ins_273 (.Dout_DUT(Dout[119]), .Si(scan_299), .scan_clock(scan_clk), .se(se), .So(scan_273));
  SCAN_OUT_CELL scan_ins_274 (.Dout_DUT(Dout[118]), .Si(scan_273), .scan_clock(scan_clk), .se(se), .So(scan_274));
  SCAN_OUT_CELL scan_ins_275 (.Dout_DUT(Dout[117]), .Si(scan_365), .scan_clock(scan_clk), .se(se), .So(scan_275));
  SCAN_OUT_CELL scan_ins_276 (.Dout_DUT(Dout[116]), .Si(scan_279), .scan_clock(scan_clk), .se(se), .So(scan_276));
  SCAN_OUT_CELL scan_ins_277 (.Dout_DUT(Dout[115]), .Si(scan_311), .scan_clock(scan_clk), .se(se), .So(scan_277));
  SCAN_OUT_CELL scan_ins_278 (.Dout_DUT(Dout[114]), .Si(scan_363), .scan_clock(scan_clk), .se(se), .So(scan_278));
  SCAN_OUT_CELL scan_ins_279 (.Dout_DUT(Dout[113]), .Si(scan_366), .scan_clock(scan_clk), .se(se), .So(scan_279));
  SCAN_OUT_CELL scan_ins_280 (.Dout_DUT(Dout[112]), .Si(scan_275), .scan_clock(scan_clk), .se(se), .So(scan_280));
  SCAN_OUT_CELL scan_ins_281 (.Dout_DUT(Dout[111]), .Si(scan_283), .scan_clock(scan_clk), .se(se), .So(scan_281));
  SCAN_OUT_CELL scan_ins_282 (.Dout_DUT(Dout[110]), .Si(scan_360), .scan_clock(scan_clk), .se(se), .So(scan_282));
  SCAN_OUT_CELL scan_ins_283 (.Dout_DUT(Dout[109]), .Si(scan_284), .scan_clock(scan_clk), .se(se), .So(scan_283));
  SCAN_OUT_CELL scan_ins_284 (.Dout_DUT(Dout[108]), .Si(scan_355), .scan_clock(scan_clk), .se(se), .So(scan_284));
  SCAN_OUT_CELL scan_ins_285 (.Dout_DUT(Dout[107]), .Si(scan_389), .scan_clock(scan_clk), .se(se), .So(scan_285));
  SCAN_OUT_CELL scan_ins_286 (.Dout_DUT(Dout[106]), .Si(scan_315), .scan_clock(scan_clk), .se(se), .So(scan_286));
  SCAN_OUT_CELL scan_ins_287 (.Dout_DUT(Dout[105]), .Si(scan_286), .scan_clock(scan_clk), .se(se), .So(scan_287));
  SCAN_OUT_CELL scan_ins_288 (.Dout_DUT(Dout[104]), .Si(scan_350), .scan_clock(scan_clk), .se(se), .So(scan_288));
  SCAN_OUT_CELL scan_ins_289 (.Dout_DUT(Dout[103]), .Si(scan_367), .scan_clock(scan_clk), .se(se), .So(scan_289));
  SCAN_OUT_CELL scan_ins_290 (.Dout_DUT(Dout[102]), .Si(scan_289), .scan_clock(scan_clk), .se(se), .So(scan_290));
  SCAN_OUT_CELL scan_ins_291 (.Dout_DUT(Dout[101]), .Si(scan_321), .scan_clock(scan_clk), .se(se), .So(scan_291));
  SCAN_OUT_CELL scan_ins_292 (.Dout_DUT(Dout[100]), .Si(scan_294), .scan_clock(scan_clk), .se(se), .So(scan_292));
  SCAN_OUT_CELL scan_ins_293 (.Dout_DUT(Dout[99]), .Si(scan_291), .scan_clock(scan_clk), .se(se), .So(scan_293));
  SCAN_OUT_CELL scan_ins_294 (.Dout_DUT(Dout[98]), .Si(scan_323), .scan_clock(scan_clk), .se(se), .So(scan_294));
  SCAN_OUT_CELL scan_ins_295 (.Dout_DUT(Dout[97]), .Si(scan_292), .scan_clock(scan_clk), .se(se), .So(scan_295));
  SCAN_OUT_CELL scan_ins_296 (.Dout_DUT(Dout[96]), .Si(scan_290), .scan_clock(scan_clk), .se(se), .So(scan_296));
  SCAN_OUT_CELL scan_ins_297 (.Dout_DUT(Dout[95]), .Si(scan_338), .scan_clock(scan_clk), .se(se), .So(scan_297));
  SCAN_OUT_CELL scan_ins_298 (.Dout_DUT(Dout[94]), .Si(scan_304), .scan_clock(scan_clk), .se(se), .So(scan_298));
  SCAN_OUT_CELL scan_ins_299 (.Dout_DUT(Dout[93]), .Si(scan_302), .scan_clock(scan_clk), .se(se), .So(scan_299));
  SCAN_OUT_CELL scan_ins_300 (.Dout_DUT(Dout[92]), .Si(scan_344), .scan_clock(scan_clk), .se(se), .So(scan_300));
  SCAN_OUT_CELL scan_ins_301 (.Dout_DUT(Dout[91]), .Si(scan_300), .scan_clock(scan_clk), .se(se), .So(scan_301));
  SCAN_OUT_CELL scan_ins_302 (.Dout_DUT(Dout[90]), .Si(scan_333), .scan_clock(scan_clk), .se(se), .So(scan_302));
  SCAN_OUT_CELL scan_ins_303 (.Dout_DUT(Dout[89]), .Si(scan_334), .scan_clock(scan_clk), .se(se), .So(scan_303));
  SCAN_OUT_CELL scan_ins_304 (.Dout_DUT(Dout[88]), .Si(scan_307), .scan_clock(scan_clk), .se(se), .So(scan_304));
  SCAN_OUT_CELL scan_ins_305 (.Dout_DUT(Dout[87]), .Si(scan_335), .scan_clock(scan_clk), .se(se), .So(scan_305));
  SCAN_OUT_CELL scan_ins_306 (.Dout_DUT(Dout[86]), .Si(scan_371), .scan_clock(scan_clk), .se(se), .So(scan_306));
  SCAN_OUT_CELL scan_ins_307 (.Dout_DUT(Dout[85]), .Si(scan_309), .scan_clock(scan_clk), .se(se), .So(scan_307));
  SCAN_OUT_CELL scan_ins_308 (.Dout_DUT(Dout[84]), .Si(scan_305), .scan_clock(scan_clk), .se(se), .So(scan_308));
  SCAN_OUT_CELL scan_ins_309 (.Dout_DUT(Dout[83]), .Si(scan_303), .scan_clock(scan_clk), .se(se), .So(scan_309));
  SCAN_OUT_CELL scan_ins_310 (.Dout_DUT(Dout[82]), .Si(scan_277), .scan_clock(scan_clk), .se(se), .So(scan_310));
  SCAN_OUT_CELL scan_ins_311 (.Dout_DUT(Dout[81]), .Si(scan_331), .scan_clock(scan_clk), .se(se), .So(scan_311));
  SCAN_OUT_CELL scan_ins_312 (.Dout_DUT(Dout[80]), .Si(scan_336), .scan_clock(scan_clk), .se(se), .So(scan_312));
  SCAN_OUT_CELL scan_ins_313 (.Dout_DUT(Dout[79]), .Si(scan_386), .scan_clock(scan_clk), .se(se), .So(scan_313));
  SCAN_OUT_CELL scan_ins_314 (.Dout_DUT(Dout[78]), .Si(scan_388), .scan_clock(scan_clk), .se(se), .So(scan_314));
  SCAN_OUT_CELL scan_ins_315 (.Dout_DUT(Dout[77]), .Si(scan_285), .scan_clock(scan_clk), .se(se), .So(scan_315));
  SCAN_OUT_CELL scan_ins_316 (.Dout_DUT(Dout[76]), .Si(scan_356), .scan_clock(scan_clk), .se(se), .So(scan_316));
  SCAN_OUT_CELL scan_ins_317 (.Dout_DUT(Dout[75]), .Si(scan_282), .scan_clock(scan_clk), .se(se), .So(scan_317));
  SCAN_OUT_CELL scan_ins_318 (.Dout_DUT(Dout[74]), .Si(scan_390), .scan_clock(scan_clk), .se(se), .So(scan_318));
  SCAN_OUT_CELL scan_ins_319 (.Dout_DUT(Dout[73]), .Si(scan_353), .scan_clock(scan_clk), .se(se), .So(scan_319));
  SCAN_OUT_CELL scan_ins_320 (.Dout_DUT(Dout[72]), .Si(scan_359), .scan_clock(scan_clk), .se(se), .So(scan_320));
  SCAN_OUT_CELL scan_ins_321 (.Dout_DUT(Dout[71]), .Si(scan_296), .scan_clock(scan_clk), .se(se), .So(scan_321));
  SCAN_OUT_CELL scan_ins_322 (.Dout_DUT(Dout[70]), .Si(scan_345), .scan_clock(scan_clk), .se(se), .So(scan_322));
  SCAN_OUT_CELL scan_ins_323 (.Dout_DUT(Dout[69]), .Si(scan_322), .scan_clock(scan_clk), .se(se), .So(scan_323));
  SCAN_OUT_CELL scan_ins_324 (.Dout_DUT(Dout[68]), .Si(scan_327), .scan_clock(scan_clk), .se(se), .So(scan_324));
  SCAN_OUT_CELL scan_ins_325 (.Dout_DUT(Dout[67]), .Si(scan_349), .scan_clock(scan_clk), .se(se), .So(scan_325));
  SCAN_OUT_CELL scan_ins_326 (.Dout_DUT(Dout[66]), .Si(scan_287), .scan_clock(scan_clk), .se(se), .So(scan_326));
  SCAN_OUT_CELL scan_ins_327 (.Dout_DUT(Dout[65]), .Si(scan_328), .scan_clock(scan_clk), .se(se), .So(scan_327));
  SCAN_OUT_CELL scan_ins_328 (.Dout_DUT(Dout[64]), .Si(scan_293), .scan_clock(scan_clk), .se(se), .So(scan_328));
  SCAN_OUT_CELL scan_ins_329 (.Dout_DUT(Dout[63]), .Si(scan_330), .scan_clock(scan_clk), .se(se), .So(scan_329));
  SCAN_OUT_CELL scan_ins_330 (.Dout_DUT(Dout[62]), .Si(scan_312), .scan_clock(scan_clk), .se(se), .So(scan_330));
  SCAN_OUT_CELL scan_ins_331 (.Dout_DUT(Dout[61]), .Si(scan_280), .scan_clock(scan_clk), .se(se), .So(scan_331));
  SCAN_OUT_CELL scan_ins_332 (.Dout_DUT(Dout[60]), .Si(scan_310), .scan_clock(scan_clk), .se(se), .So(scan_332));
  SCAN_OUT_CELL scan_ins_333 (.Dout_DUT(Dout[59]), .Si(scan_308), .scan_clock(scan_clk), .se(se), .So(scan_333));
  SCAN_OUT_CELL scan_ins_334 (.Dout_DUT(Dout[58]), .Si(scan_337), .scan_clock(scan_clk), .se(se), .So(scan_334));
  SCAN_OUT_CELL scan_ins_335 (.Dout_DUT(Dout[57]), .Si(scan_306), .scan_clock(scan_clk), .se(se), .So(scan_335));
  SCAN_OUT_CELL scan_ins_336 (.Dout_DUT(Dout[56]), .Si(scan_301), .scan_clock(scan_clk), .se(se), .So(scan_336));
  SCAN_OUT_CELL scan_ins_337 (.Dout_DUT(Dout[55]), .Si(scan_297), .scan_clock(scan_clk), .se(se), .So(scan_337));
  SCAN_OUT_CELL scan_ins_338 (.Dout_DUT(Dout[54]), .Si(scan_340), .scan_clock(scan_clk), .se(se), .So(scan_338));
  SCAN_OUT_CELL scan_ins_339 (.Dout_DUT(Dout[53]), .Si(scan_272), .scan_clock(scan_clk), .se(se), .So(scan_339));
  SCAN_OUT_CELL scan_ins_340 (.Dout_DUT(Dout[52]), .Si(scan_265), .scan_clock(scan_clk), .se(se), .So(scan_340));
  SCAN_OUT_CELL scan_ins_341 (.Dout_DUT(Dout[51]), .Si(scan_342), .scan_clock(scan_clk), .se(se), .So(scan_341));
  SCAN_OUT_CELL scan_ins_342 (.Dout_DUT(Dout[50]), .Si(scan_271), .scan_clock(scan_clk), .se(se), .So(scan_342));
  SCAN_OUT_CELL scan_ins_343 (.Dout_DUT(Dout[49]), .Si(scan_372), .scan_clock(scan_clk), .se(se), .So(scan_343));
  SCAN_OUT_CELL scan_ins_344 (.Dout_DUT(Dout[48]), .Si(scan_332), .scan_clock(scan_clk), .se(se), .So(scan_344));
  SCAN_OUT_CELL scan_ins_345 (.Dout_DUT(Dout[47]), .Si(scan_378), .scan_clock(scan_clk), .se(se), .So(scan_345));
  SCAN_OUT_CELL scan_ins_346 (.Dout_DUT(Dout[46]), .Si(scan_351), .scan_clock(scan_clk), .se(se), .So(scan_346));
  SCAN_OUT_CELL scan_ins_347 (.Dout_DUT(Dout[45]), .Si(scan_326), .scan_clock(scan_clk), .se(se), .So(scan_347));
  SCAN_OUT_CELL scan_ins_348 (.Dout_DUT(Dout[44]), .Si(scan_381), .scan_clock(scan_clk), .se(se), .So(scan_348));
  SCAN_OUT_CELL scan_ins_349 (.Dout_DUT(Dout[43]), .Si(scan_347), .scan_clock(scan_clk), .se(se), .So(scan_349));
  SCAN_OUT_CELL scan_ins_350 (.Dout_DUT(Dout[42]), .Si(scan_324), .scan_clock(scan_clk), .se(se), .So(scan_350));
  SCAN_OUT_CELL scan_ins_351 (.Dout_DUT(Dout[41]), .Si(scan_384), .scan_clock(scan_clk), .se(se), .So(scan_351));
  SCAN_OUT_CELL scan_ins_352 (.Dout_DUT(Dout[40]), .Si(scan_325), .scan_clock(scan_clk), .se(se), .So(scan_352));
  SCAN_OUT_CELL scan_ins_353 (.Dout_DUT(Dout[39]), .Si(scan_316), .scan_clock(scan_clk), .se(se), .So(scan_353));
  SCAN_OUT_CELL scan_ins_354 (.Dout_DUT(Dout[38]), .Si(scan_391), .scan_clock(scan_clk), .se(se), .So(scan_354));
  SCAN_OUT_CELL scan_ins_355 (.Dout_DUT(Dout[37]), .Si(scan_387), .scan_clock(scan_clk), .se(se), .So(scan_355));
  SCAN_OUT_CELL scan_ins_356 (.Dout_DUT(Dout[36]), .Si(scan_318), .scan_clock(scan_clk), .se(se), .So(scan_356));
  SCAN_OUT_CELL scan_ins_357 (.Dout_DUT(Dout[35]), .Si(scan_354), .scan_clock(scan_clk), .se(se), .So(scan_357));
  SCAN_OUT_CELL scan_ins_358 (.Dout_DUT(Dout[34]), .Si(scan_319), .scan_clock(scan_clk), .se(se), .So(scan_358));
  SCAN_OUT_CELL scan_ins_359 (.Dout_DUT(Dout[33]), .Si(scan_357), .scan_clock(scan_clk), .se(se), .So(scan_359));
  SCAN_OUT_CELL scan_ins_360 (.Dout_DUT(Dout[32]), .Si(scan_281), .scan_clock(scan_clk), .se(se), .So(scan_360));
  SCAN_OUT_CELL scan_ins_361 (.Dout_DUT(Dout[31]), .Si(scan_278), .scan_clock(scan_clk), .se(se), .So(scan_361));
  SCAN_OUT_CELL scan_ins_362 (.Dout_DUT(Dout[30]), .Si(scan_361), .scan_clock(scan_clk), .se(se), .So(scan_362));
  SCAN_OUT_CELL scan_ins_363 (.Dout_DUT(Dout[29]), .Si(scan_329), .scan_clock(scan_clk), .se(se), .So(scan_363));
  SCAN_OUT_CELL scan_ins_364 (.Dout_DUT(Dout[28]), .Si(scan_368), .scan_clock(scan_clk), .se(se), .So(scan_364));
  SCAN_OUT_CELL scan_ins_365 (.Dout_DUT(Dout[27]), .Si(scan_276), .scan_clock(scan_clk), .se(se), .So(scan_365));
  SCAN_OUT_CELL scan_ins_366 (.Dout_DUT(Dout[26]), .Si(scan_364), .scan_clock(scan_clk), .se(se), .So(scan_366));
  SCAN_OUT_CELL scan_ins_367 (.Dout_DUT(Dout[25]), .Si(scan_362), .scan_clock(scan_clk), .se(se), .So(scan_367));
  SCAN_OUT_CELL scan_ins_368 (.Dout_DUT(Dout[24]), .Si(scan_274), .scan_clock(scan_clk), .se(se), .So(scan_368));
  SCAN_OUT_CELL scan_ins_369 (.Dout_DUT(Dout[23]), .Si(scan_343), .scan_clock(scan_clk), .se(se), .So(scan_369));
  SCAN_OUT_CELL scan_ins_370 (.Dout_DUT(Dout[22]), .Si(scan_369), .scan_clock(scan_clk), .se(se), .So(scan_370));
  SCAN_OUT_CELL scan_ins_371 (.Dout_DUT(Dout[21]), .Si(scan_376), .scan_clock(scan_clk), .se(se), .So(scan_371));
  SCAN_OUT_CELL scan_ins_372 (.Dout_DUT(Dout[20]), .Si(scan_373), .scan_clock(scan_clk), .se(se), .So(scan_372));
  SCAN_OUT_CELL scan_ins_373 (.Dout_DUT(Dout[19]), .Si(scan_12), .scan_clock(scan_clk), .se(se), .So(scan_373));
  SCAN_OUT_CELL scan_ins_374 (.Dout_DUT(Dout[18]), .Si(scan_375), .scan_clock(scan_clk), .se(se), .So(scan_374));
  SCAN_OUT_CELL scan_ins_375 (.Dout_DUT(Dout[17]), .Si(scan_370), .scan_clock(scan_clk), .se(se), .So(scan_375));
  SCAN_OUT_CELL scan_ins_376 (.Dout_DUT(Dout[16]), .Si(scan_270), .scan_clock(scan_clk), .se(se), .So(scan_376));
  SCAN_OUT_CELL scan_ins_377 (.Dout_DUT(Dout[15]), .Si(scan_382), .scan_clock(scan_clk), .se(se), .So(scan_377));
  SCAN_OUT_CELL scan_ins_378 (.Dout_DUT(Dout[14]), .Si(scan_379), .scan_clock(scan_clk), .se(se), .So(scan_378));
  SCAN_OUT_CELL scan_ins_379 (.Dout_DUT(Dout[13]), .Si(scan_377), .scan_clock(scan_clk), .se(se), .So(scan_379));
  SCAN_OUT_CELL scan_ins_380 (.Dout_DUT(Dout[12]), .Si(scan_352), .scan_clock(scan_clk), .se(se), .So(scan_380));
  SCAN_OUT_CELL scan_ins_381 (.Dout_DUT(Dout[11]), .Si(scan_383), .scan_clock(scan_clk), .se(se), .So(scan_381));
  SCAN_OUT_CELL scan_ins_382 (.Dout_DUT(Dout[10]), .Si(scan_348), .scan_clock(scan_clk), .se(se), .So(scan_382));
  SCAN_OUT_CELL scan_ins_383 (.Dout_DUT(Dout[9]), .Si(scan_346), .scan_clock(scan_clk), .se(se), .So(scan_383));
  SCAN_OUT_CELL scan_ins_384 (.Dout_DUT(Dout[8]), .Si(scan_380), .scan_clock(scan_clk), .se(se), .So(scan_384));
  SCAN_OUT_CELL scan_ins_385 (.Dout_DUT(Dout[7]), .Si(scan_320), .scan_clock(scan_clk), .se(se), .So(scan_385));
  SCAN_OUT_CELL scan_ins_386 (.Dout_DUT(Dout[6]), .Si(scan_314), .scan_clock(scan_clk), .se(se), .So(scan_386));
  SCAN_OUT_CELL scan_ins_387 (.Dout_DUT(Dout[5]), .Si(scan_288), .scan_clock(scan_clk), .se(se), .So(scan_387));
  SCAN_OUT_CELL scan_ins_388 (.Dout_DUT(Dout[4]), .Si(scan_317), .scan_clock(scan_clk), .se(se), .So(scan_388));
  SCAN_OUT_CELL scan_ins_389 (.Dout_DUT(Dout[3]), .Si(scan_358), .scan_clock(scan_clk), .se(se), .So(scan_389));
  SCAN_OUT_CELL scan_ins_390 (.Dout_DUT(Dout[2]), .Si(scan_385), .scan_clock(scan_clk), .se(se), .So(scan_390));
  SCAN_OUT_CELL scan_ins_391 (.Dout_DUT(Dout[1]), .Si(scan_313), .scan_clock(scan_clk), .se(se), .So(scan_391));
  SCAN_OUT_CELL scan_ins_392 (.Dout_DUT(Dout[0]), .Si(scan_295), .scan_clock(scan_clk), .se(se), .So(scan_out));

endmodule